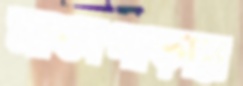
মাঝাপাড়ার